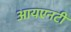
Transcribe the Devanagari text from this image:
आयएनटी